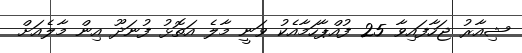
ޝިއާރު ޖަހާފައިވާ 25 ފުއްޕާހަމާއެކު ވަނީ މާލެ އަތޮޅު ފުނަދޫ އިން މާލެއަށް